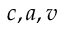
c , a , v